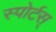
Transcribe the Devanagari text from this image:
स्पोर्टस्‌